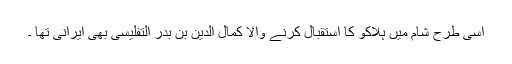
اسی طرح شام میں ہلاکو کا استقبال کرنے والا کمال الدین بن بدر التفلیسی بھی ایرانی تھا ۔